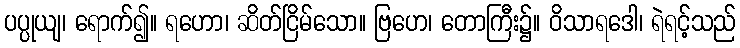
ပပ္ပုယျ၊ ရောက်၍။ ရဟော၊ ဆိတ်ငြိမ်သော။ ဗြဟေ၊ တောကြီး၌။ ဝိသာရဒေါ၊ ရဲရင့်သည်